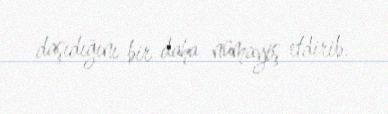
daşıdığını bir daha nümayiş etdirib.